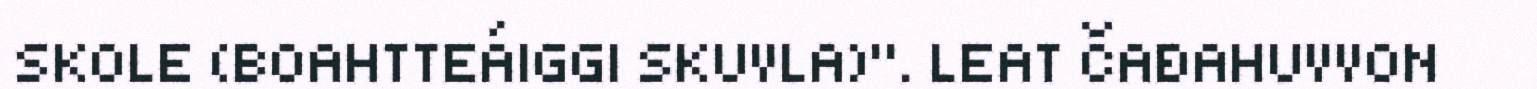
SKOLE (BOAHTTEÁIGGI SKUVLA)". LEAT ČAĐAHUVVON